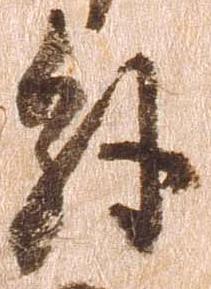
解